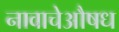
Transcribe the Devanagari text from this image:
नावाचेऔषध